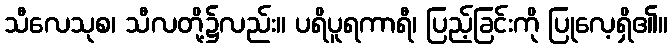
သီလေသုစ၊ သီလတို့၌လည်း။ ပရိပူရကာရီ၊ ပြည့်ခြင်းကို ပြုလေ့ရှိ၏။